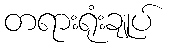
တရားရုံးချုပ်